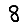
Digit: 8